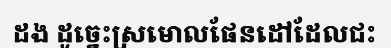
ដង ដូច្នេះស្រមោលផែនដៅដែលជះ